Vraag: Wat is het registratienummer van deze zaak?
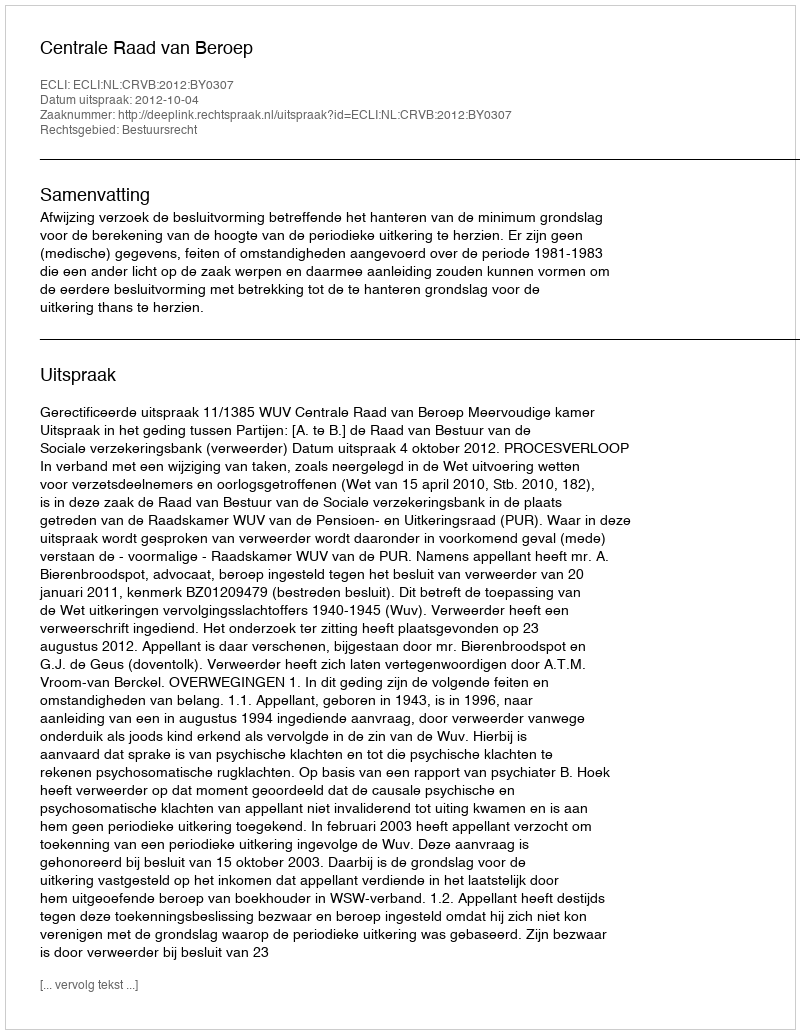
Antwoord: http://deeplink.rechtspraak.nl/uitspraak?id=ECLI:NL:CRVB:2012:BY0307